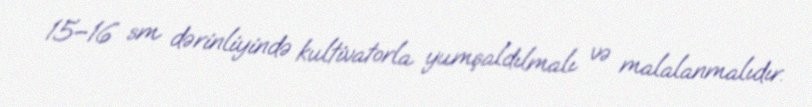
15–16 sm dərinliyində kultivatorla yumşaldılmalı və malalanmalıdır.